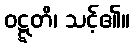
ဝဋ္ဋတိ၊ သင့်၏။